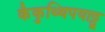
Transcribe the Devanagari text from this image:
कैकुथ्थिपयाट्टू